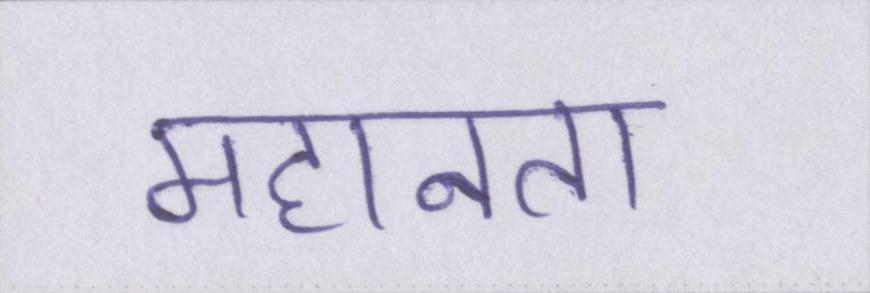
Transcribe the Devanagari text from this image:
महानता